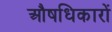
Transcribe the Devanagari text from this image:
औषधिकारों